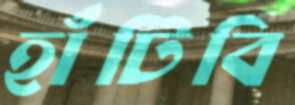
হাঁটিবি